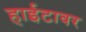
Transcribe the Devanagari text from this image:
हाईटावर